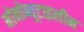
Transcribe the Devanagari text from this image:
मोनोब्यूटाइलीन